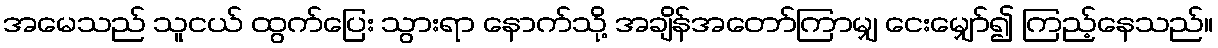
အမေသည် သူငယ် ထွက်ပြေး သွားရာ နောက်သို့ အချိန်အတော်ကြာမျှ ငေးမျှော်၍ ကြည့်နေသည်။